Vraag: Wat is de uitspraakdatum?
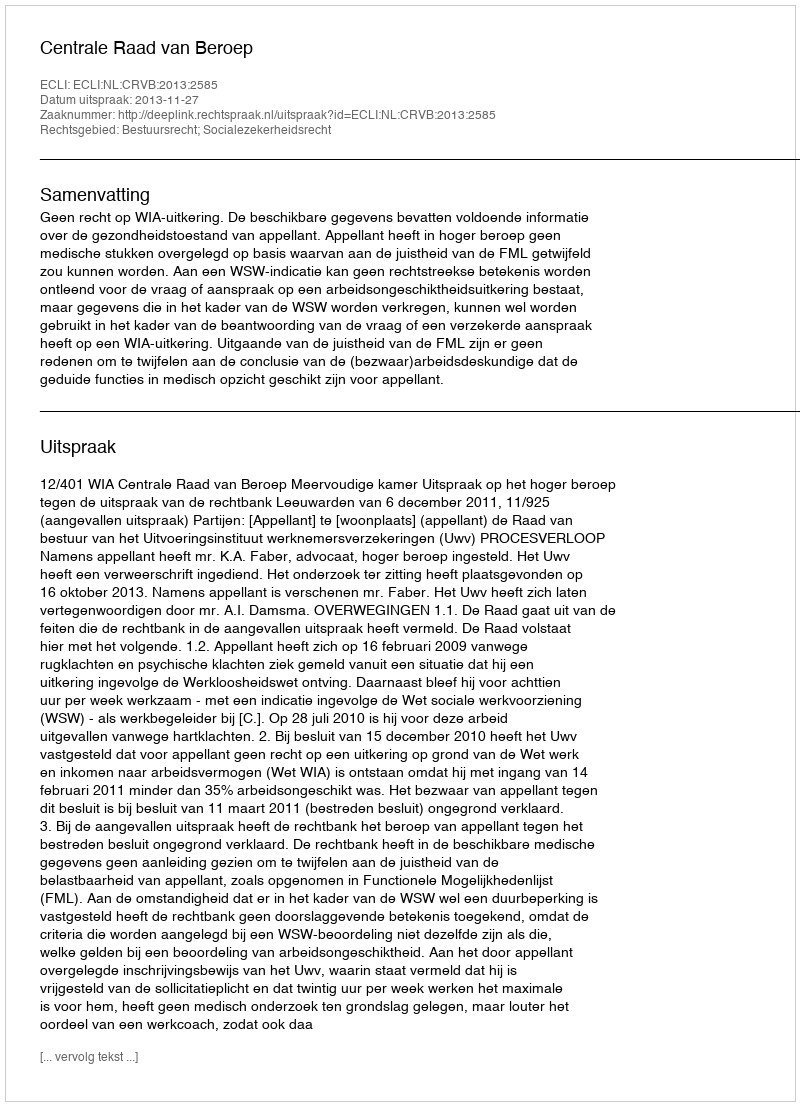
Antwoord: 2013-11-27